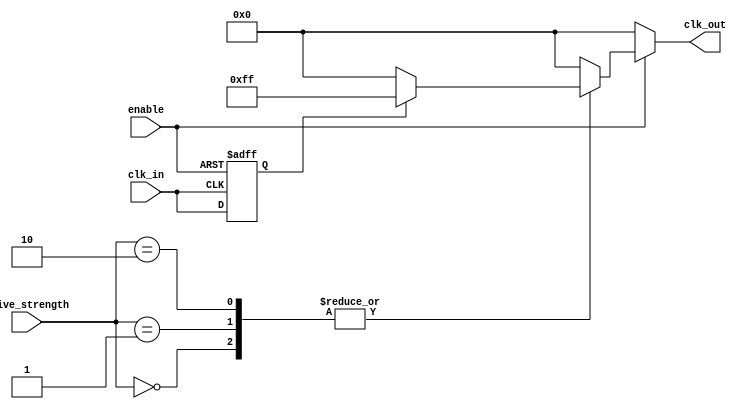
module HighFanoutClockBuffer (
    input wire clk_in,          // Incoming clock signal
    input wire enable,          // Enable signal for the buffer
    input wire [1:0] drive_strength, // Drive strength control
    output reg [7:0] clk_out    // Buffered clock outputs (example: 8 outputs)
);

    // Internal signals
    wire conditioned_clk;
    reg [7:0] buffer; // Buffer for output stages
    parameter LOW_DRV = 2'b00, MED_DRV = 2'b01, HIGH_DRV = 2'b10;

    // Input stage - condition the incoming clock signal
    always @(posedge clk_in or negedge enable) begin
        if (!enable) begin
            conditioned_clk <= 1'b0; // When disabled, hold low
        end else begin
            conditioned_clk <= clk_in; // Pass through clock when enabled
        end
    end

    // Buffering stage
    always @(conditioned_clk) begin
        case (drive_strength)
            LOW_DRV: buffer <= conditioned_clk ? 8'b11111111 : 8'b00000000; // Low drive strength
            MED_DRV: buffer <= conditioned_clk ? 8'b11111111 : 8'b00000000; // Medium drive strength
            HIGH_DRV: buffer <= conditioned_clk ? 8'b11111111 : 8'b00000000; // High drive strength
            default: buffer <= 8'b00000000; // Default state
        endcase
    end

    // Output stage - distribute the clock signal
    always @(*) begin
        if (enable) begin
            clk_out <= buffer; // Drive outputs when enabled
        end else begin
            clk_out <= 8'b00000000; // Hold low when disabled
        end
    end

endmodule